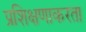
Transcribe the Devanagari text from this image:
प्रशिक्षणाकरता